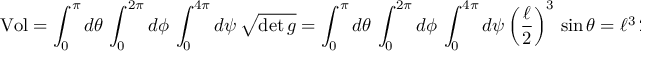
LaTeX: \mathrm { V o l } = \int _ { 0 } ^ { \pi } d \theta \, \int _ { 0 } ^ { 2 \pi } d \phi \, \int _ { 0 } ^ { 4 \pi } d \psi \, \sqrt { \operatorname * { d e t } g } = \int _ { 0 } ^ { \pi } d \theta \, \int _ { 0 } ^ { 2 \pi } d \phi \, \int _ { 0 } ^ { 4 \pi } d \psi \left( { \frac { \ell } { 2 } } \right) ^ { 3 } \, \sin \theta = \ell ^ { 3 } \, 2 \pi ^ { 2 } \ .